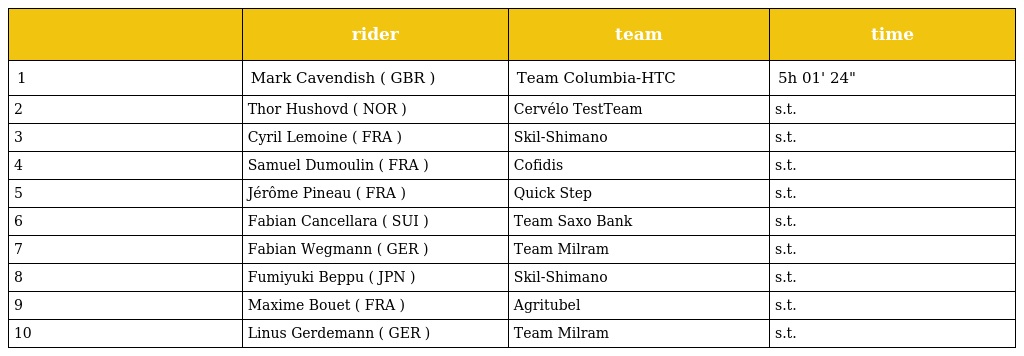
|  | rider | team | time |
 | --- | --- | --- | --- |
 | 1 | Mark Cavendish ( GBR ) | Team Columbia-HTC | 5h 01' 24" |
 | 2 | Thor Hushovd ( NOR ) | Cervélo TestTeam | s.t. |
 | 3 | Cyril Lemoine ( FRA ) | Skil-Shimano | s.t. |
 | 4 | Samuel Dumoulin ( FRA ) | Cofidis | s.t. |
 | 5 | Jérôme Pineau ( FRA ) | Quick Step | s.t. |
 | 6 | Fabian Cancellara ( SUI ) | Team Saxo Bank | s.t. |
 | 7 | Fabian Wegmann ( GER ) | Team Milram | s.t. |
 | 8 | Fumiyuki Beppu ( JPN ) | Skil-Shimano | s.t. |
 | 9 | Maxime Bouet ( FRA ) | Agritubel | s.t. |
 | 10 | Linus Gerdemann ( GER ) | Team Milram | s.t. |